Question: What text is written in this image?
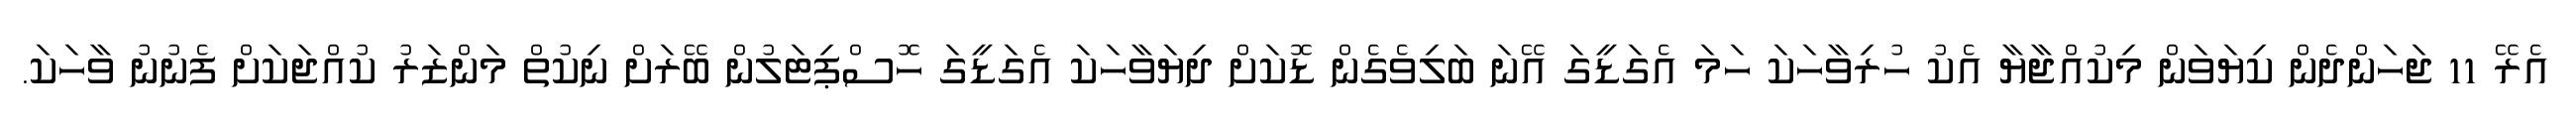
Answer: އެރޭ 11 ޖަހަންދެން ކިޔަވަން މިކުއްޖާޔާ އެކު ހުރިވާހަކަ ހަމަ އެގަޑީގަ އޭނަ ބަލިވެގެން ޑޮކަށް ދިޔަވާހަކަ އެގަޑީގަ ހޮސްޕިޓަލުން ބޭރަށް ނިކުތް މަންޒަރު ކުއްޖަކަށް ފެނުނު ވާހަކަ.